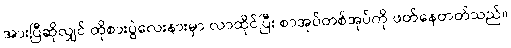
အားပြီဆိုလျှင် ထိုစားပွဲလေးနားမှာ လာထိုင်ပြီး စာအုပ်တစ်အုပ်ကို ဖတ်နေတတ်သည်။